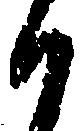
か